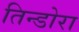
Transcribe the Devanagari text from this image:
तिन्डोरा